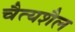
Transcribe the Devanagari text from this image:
चैत्यशैल